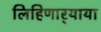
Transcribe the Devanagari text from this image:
लिहिणार्‍याया